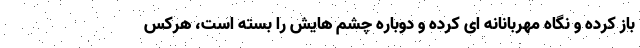
باز کرده و نگاه مهربانانه ای کرده و دوباره چشم هایش را بسته است، هرکس